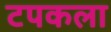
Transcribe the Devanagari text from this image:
टपकला